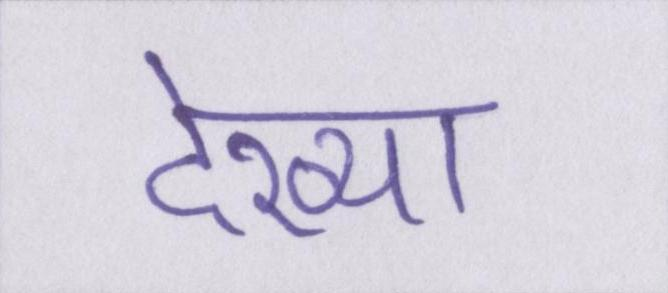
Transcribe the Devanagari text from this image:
देख्या